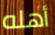
أهله